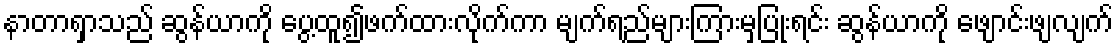
နာတာရှာသည် ဆွန်ယာကို ပွေ့ထူ၍ဖက်ထားလိုက်ကာ မျက်ရည်များကြားမှပြုံးရင်း ဆွန်ယာကို ဖျောင်းဖျလျက်